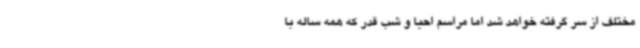
مختلف از سر گرفته خواهد شد اما مراسم احیا و شب قدر که همه ساله با